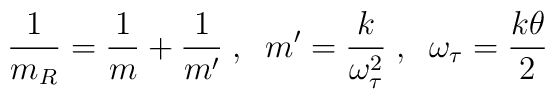
\frac{1}{m_R}=\frac{1}{m}+\frac{1}{m'}\;,\;\;m'=\frac{k}{\omega_{\tau}^2}\;,\;\;\omega_{\tau}=\frac{k\theta}{2}